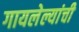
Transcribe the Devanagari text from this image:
गायलेल्यांची